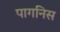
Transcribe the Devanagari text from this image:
पागनिस